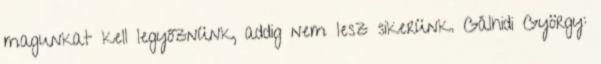
magunkat kell legyőznünk, addig nem lesz sikerünk. Gálhidi György: